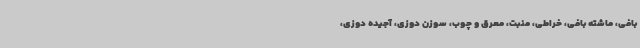
بافی، ماشته بافی، خراطی، منبت، معرق و چوب، سوزن دوزی، آجیده دوزی،